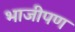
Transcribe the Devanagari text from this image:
भाजीपण